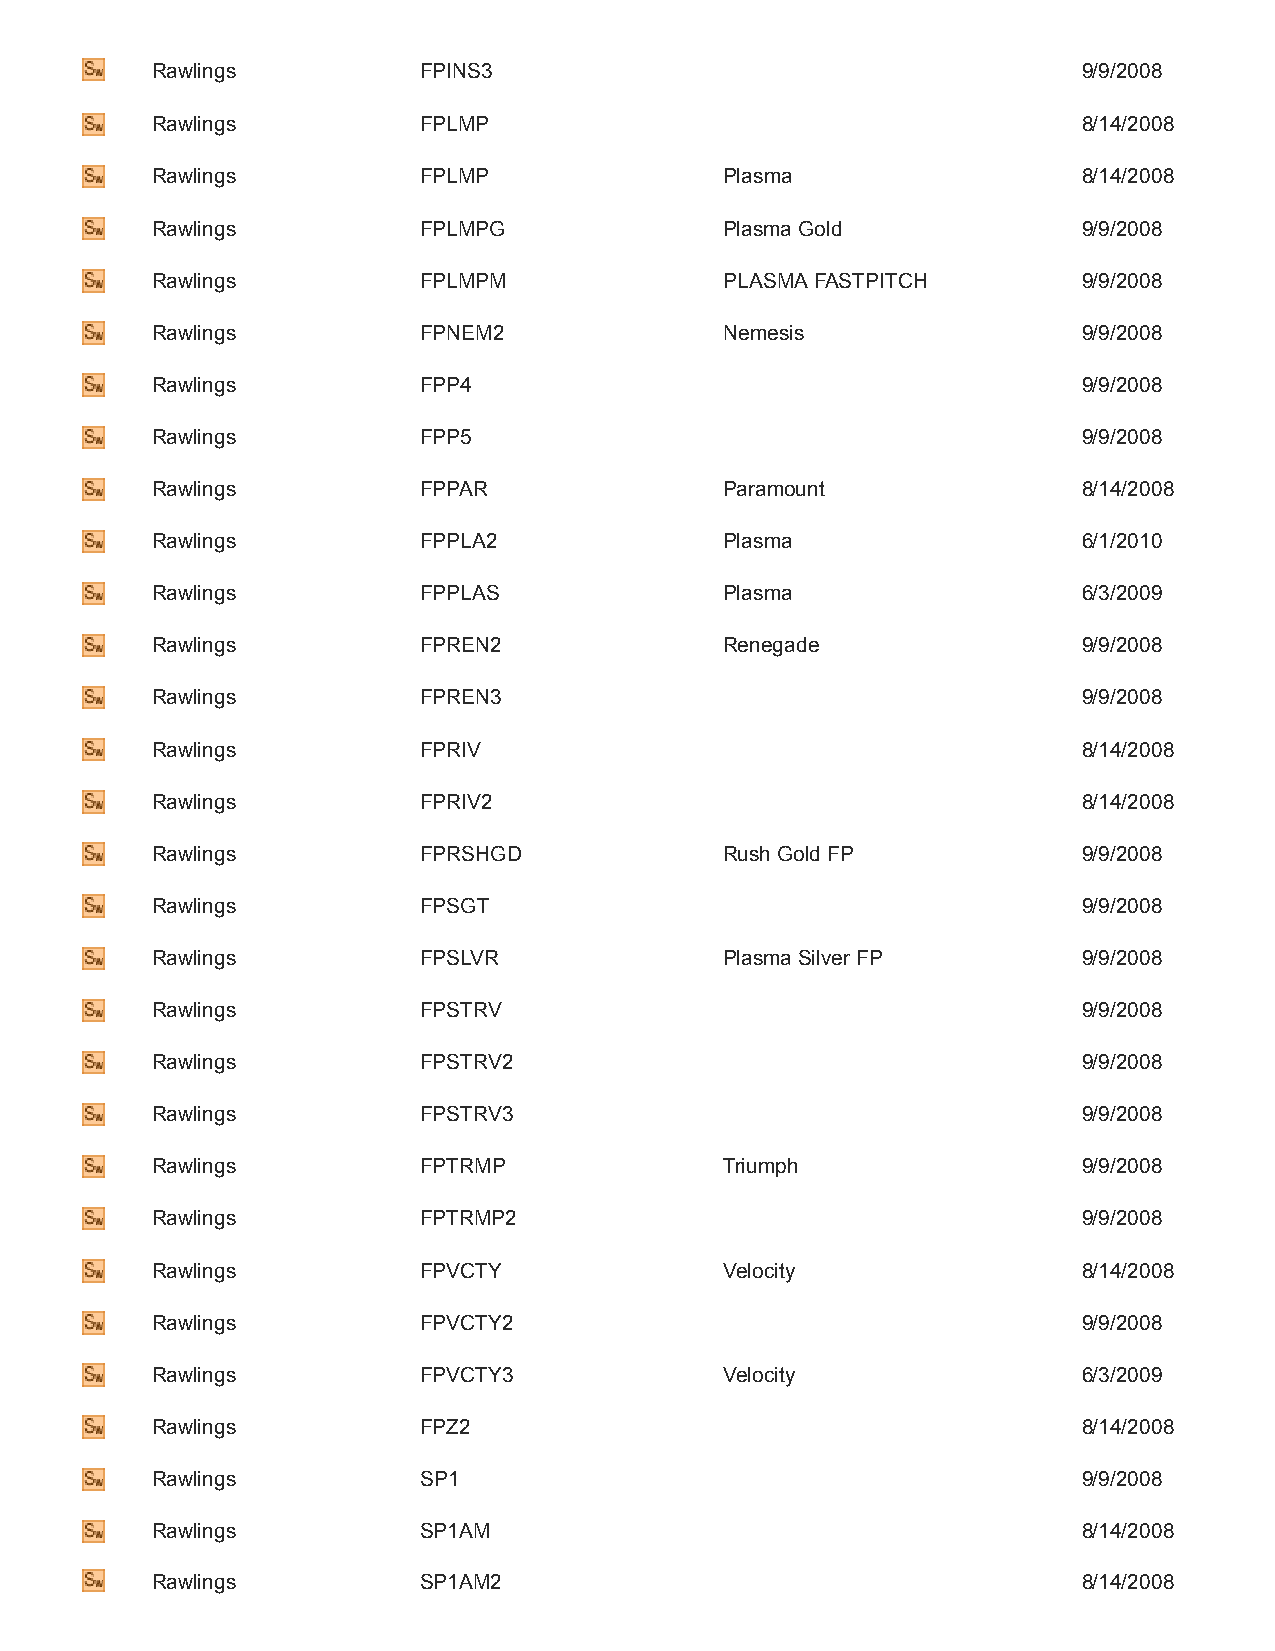
Rawlings          FPINS3                                      9/9/2008
 Rawlings          FPLMP                                       8/14/2008
 Rawlings          FPLMP               Plasma                  8/14/2008
 Rawlings          FPLMPG              Plasma Gold             9/9/2008
 Rawlings          FPLMPM              PLASMA FASTPITCH        9/9/2008
 Rawlings          FPNEM2              Nemesis                 9/9/2008
 Rawlings          FPP4                                        9/9/2008
 Rawlings          FPP5                                        9/9/2008
 Rawlings          FPPAR               Paramount               8/14/2008
 Rawlings          FPPLA2              Plasma                  6/1/2010
 Rawlings          FPPLAS              Plasma                  6/3/2009
 Rawlings          FPREN2              Renegade                9/9/2008
 Rawlings          FPREN3                                      9/9/2008
 Rawlings          FPRIV                                       8/14/2008
 Rawlings          FPRIV2                                      8/14/2008
 Rawlings          FPRSHGD             Rush Gold FP            9/9/2008
 Rawlings          FPSGT                                       9/9/2008
 Rawlings          FPSLVR              Plasma Silver FP        9/9/2008
 Rawlings          FPSTRV                                      9/9/2008
 Rawlings          FPSTRV2                                     9/9/2008
 Rawlings          FPSTRV3                                     9/9/2008
 Rawlings          FPTRMP              Triumph                 9/9/2008
 Rawlings          FPTRMP2                                     9/9/2008
 Rawlings          FPVCTY              Velocity                8/14/2008
 Rawlings          FPVCTY2                                     9/9/2008
 Rawlings          FPVCTY3             Velocity                6/3/2009
 Rawlings          FPZ2                                        8/14/2008
 Rawlings          SP1                                         9/9/2008
 Rawlings          SP1AM                                       8/14/2008
 Rawlings          SP1AM2                                      8/14/2008